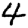
Digit: 4